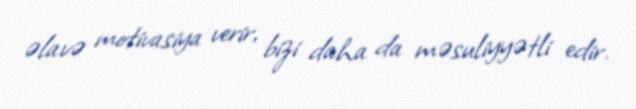
əlavə motivasiya verir, bizi daha da məsuliyyətli edir.